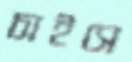
চাইসে